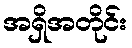
အရှိအတိုင်း